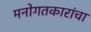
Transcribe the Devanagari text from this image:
मनोगतकारांचा